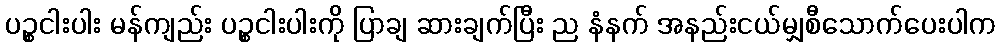
ပဉ္စငါးပါး မန်ကျည်း ပဉ္စငါးပါးကို ပြာချ ဆားချက်ပြီး ည နံနက် အနည်းငယ်မျှစီသောက်ပေးပါက